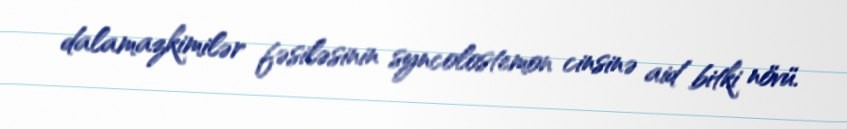
dalamazkimilər fəsiləsinin syncolostemon cinsinə aid bitki növü.